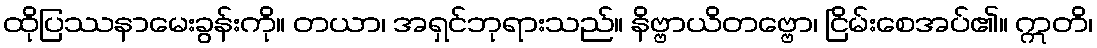
ထိုပြဿနာမေးခွန်းကို။ တယာ၊ အရှင်ဘုရားသည်။ နိဗ္ဗာယိတဗ္ဗော၊ ငြိမ်းစေအပ်၏။ ဣတိ၊